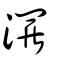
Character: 𤄷